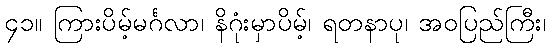
၄၁။ ကြားပိမ့်မင်္ဂလာ၊ နိဂုံးမှာပိမ့်၊ ရတနာပု၊ အဝပြည်ကြီး၊